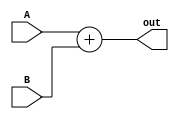
module adder32bit(A, B, out);
	input[31:0] A, B;
	output[31:0] out;
	assign out = A + B;
endmodule